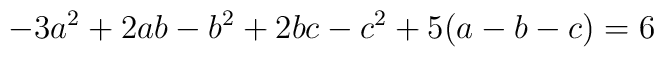
-3a^{2}+2ab-b^{2}+2bc-c^{2}+5(a-b-c)=6